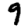
Digit: 9